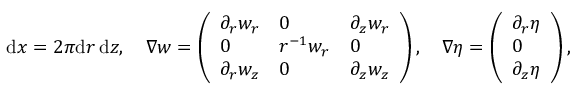
\begin{array} { r } { \, \mathrm { d } x = 2 \pi \mathrm { d } r \, \mathrm { d } z , \quad \nabla \boldsymbol { w } = \left( \begin{array} { l l l } { \partial _ { r } w _ { r } } & { 0 } & { \partial _ { z } w _ { r } } \\ { 0 } & { r ^ { - 1 } w _ { r } } & { 0 } \\ { \partial _ { r } w _ { z } } & { 0 } & { \partial _ { z } w _ { z } } \end{array} \right) , \quad \nabla \eta = \left( \begin{array} { l } { \partial _ { r } \eta } \\ { 0 } \\ { \partial _ { z } \eta } \end{array} \right) , } \end{array}